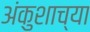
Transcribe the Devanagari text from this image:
अंकुशाच्या